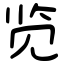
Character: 览